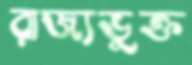
রাজ্যভুক্ত